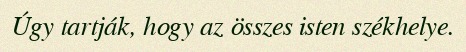
Úgy tartják, hogy az összes isten székhelye.